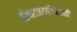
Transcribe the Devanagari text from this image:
शिवराज्याभिषेकाची